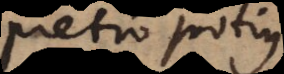
pretio potius